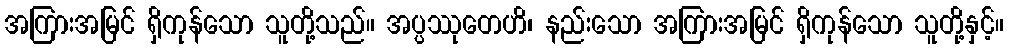
အကြားအမြင် ရှိကုန်သော သူတို့သည်။ အပ္ပဿုတေဟိ၊ နည်းသော အကြားအမြင် ရှိကုန်သော သူတို့နှင့်။